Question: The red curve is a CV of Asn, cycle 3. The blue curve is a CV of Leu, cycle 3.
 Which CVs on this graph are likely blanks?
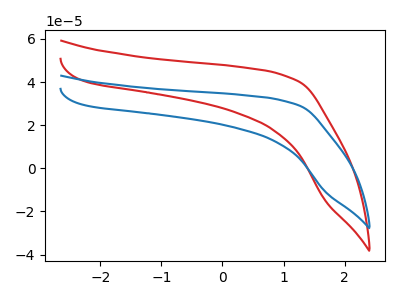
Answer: <think>The red curve "Asn, cycle 3" has no peaks. The blue curve "Leu, cycle 3" has no peaks.</think>
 <answer>"Asn, cycle 3" and "Leu, cycle 3" are likely to be blanks.</answer>
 <eval>"Asn, cycle 3", "Leu, cycle 3"</eval>